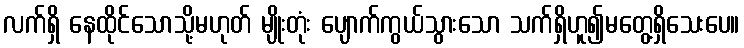
လက်ရှိ နေထိုင်သောသို့မဟုတ် မျိုးတုံး ပျောက်ကွယ်သွားသော သက်ရှိဟူ၍မတွေ့ရှိသေးပေ။